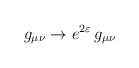
\begin{align*}g_{\mu\nu}\to e^{2\varepsilon}\,g_{\mu\nu} \end{align*}